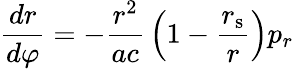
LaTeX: {\frac{dr}{d\varphi}}=-{\frac{r^{2}}{ac}}\left(1-{\frac{r_{\mathrm{{s}}}}{r}}\right)p_{r}